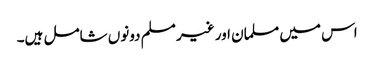
اس میں مسلمان اور غیر مسلم دونوں شامل ہیں۔